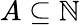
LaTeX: A\subseteq\mathbb{N}